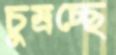
চুম্‌রচ্ছে